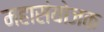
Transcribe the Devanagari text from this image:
महासंयोजक